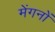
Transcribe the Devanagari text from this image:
मेंगनों